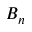
B _ { n }